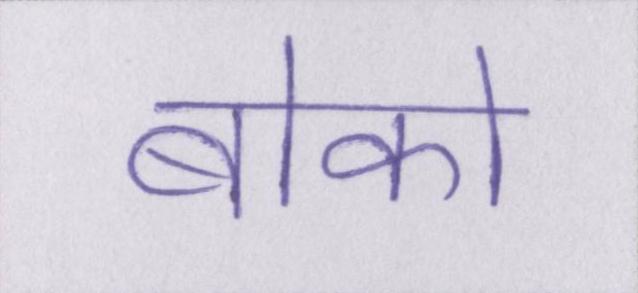
बोको